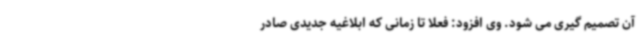
آن تصمیم گیری می شود. وی افزود: فعلا تا زمانی که ابلاغیه جدیدی صادر